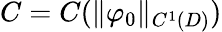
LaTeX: C=C(\| \varphi_{0}\| _{C^{1}(D)})